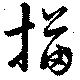
描